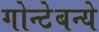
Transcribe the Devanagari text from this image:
गोन्टेबन्ये